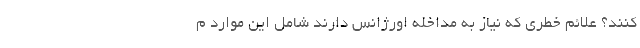
کنند؟ علائم خطری که نیاز به مداخله اورژانس دارند شامل این موارد م